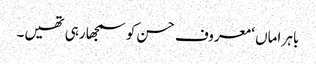
باہر اماں ‘ معروف حسن کو سمجھا رہی تھیں۔